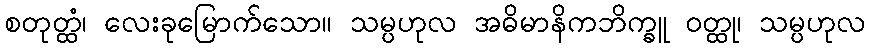
စတုတ္ထံ၊ လေးခုမြောက်သော။ သမ္ပဟုလ အဓိမာနိကဘိက္ခူ ဝတ္ထု၊ သမ္ပဟုလ